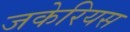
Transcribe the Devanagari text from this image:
जकेरियस